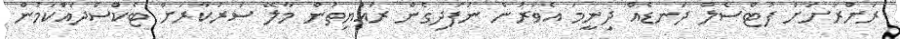
ރަށްރަށަށް ފުޓްސެލް ދަނޑެއް ދިނީމަ އެވަރުން ނުފުދިގެން ރައްޔިތުން މާލޭ ސަރުކާރަށް ޓެކްސްދައްކަމުން